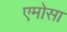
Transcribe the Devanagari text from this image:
एमोसा